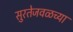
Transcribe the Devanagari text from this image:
सुरतेजवळच्या